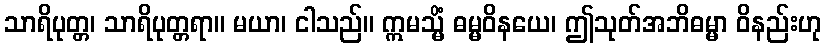
သာရိပုတ္တ၊ သာရိပုတ္တရာ။ မယာ၊ ငါသည်။ ဣမသ္မိံ ဓမ္မဝိနယေ၊ ဤသုတ်အဘိဓမ္မာ ဝိနည်းဟု